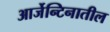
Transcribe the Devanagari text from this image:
आर्जेन्टिनातील